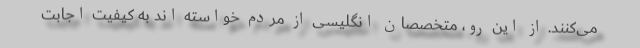
می‌کنند. از این رو، متخصصان انگلیسی از مردم خواسته اند به کیفیت اجابت